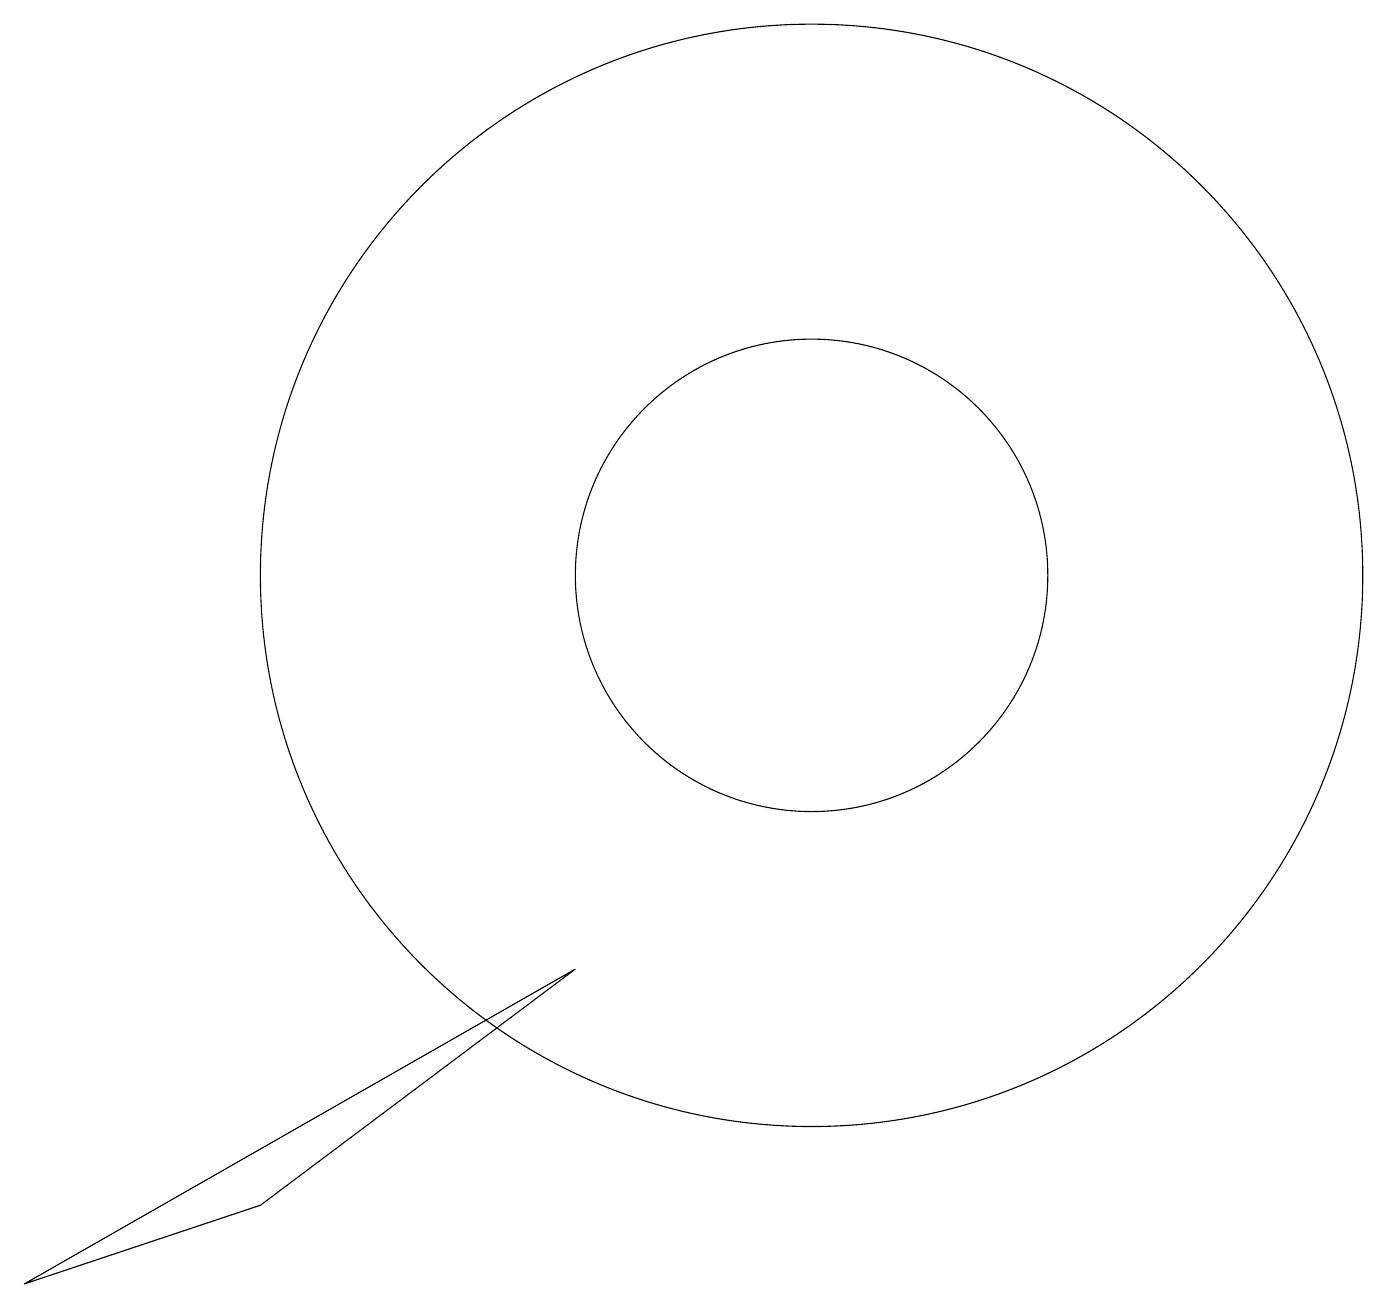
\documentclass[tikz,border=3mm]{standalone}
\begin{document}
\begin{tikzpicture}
\draw (11,11) circle (7);
\draw (11,11) circle (3);
\draw (4,3) -- (1,2) -- (8,6) -- cycle;
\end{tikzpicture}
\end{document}